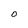
Character: O